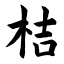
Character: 桔